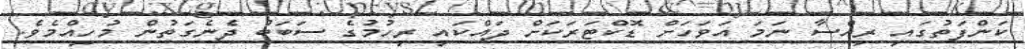
ކަންފަތުގައި ރިއްސާ ނަމަ އަވަހަށް ޑޮކްޓަރަކަށް ދައްކައި ރިހުމުގެ ސަބަބު ދެނެގަތުން މުހިއްމެވެ.